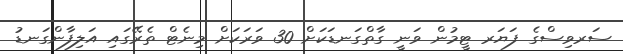
ސަރވިސްގެ ފަޔަރ ޓީމުން ވަނީ ގާތްގަނޑަކަށް 30 ވަރަކަށް މިނެޓް ތެރޭގައި އަލިފާންގަނޑު